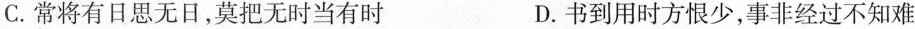
C. 常将有日思无日，莫把无时当有时 D.书到用时方恨少，事非经过不知难